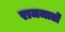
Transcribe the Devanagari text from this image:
राजजातों